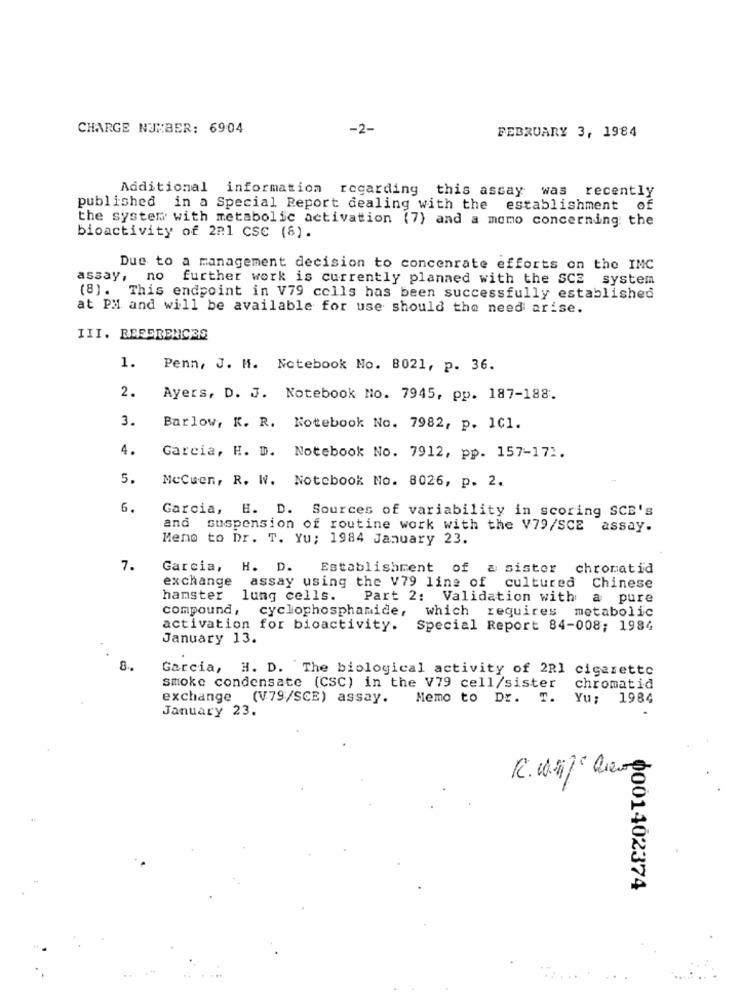
CHARGE NUMBER: 6904
-2-
FEBRUARY 3, 1984
Additional information regarding this assay was recently
published in a Special Report dealing with the establishment of
the system with metabolic activation (7) and a momo concerning the
bioactivity of 221 CSC (8).
Due to a management decision to concenrate efforts on the IMC
assay, no further work is currently planned with the SCE
system
(8). This endpoint in V79 cells has been successfully established
at PM and will be available for use should the need arise.
III. REFERENCES
1.
Penn, J. M. Notebook No. 8021, p. 36.
2.
Ayers, D. J. Notebook No. 7945, pp. 187-188.
3.
Barlow, K. R. Notebook No. 7982, p. 101.
4.
Garcia, H. D. Notebook No. 7912, pp. 157-171.
5.
MeCuen, R. W. Notebook No. 8026, p. 2.
6.
Garcia, H. D. Sources of variability in scoring SCE's
and suspension of routine work with the V79/SCE assay.
Meno to Dr. T. Yu; 1984 January 23.
7.
Garcia, H. D.
Establishment of a sister chromatid
exchange
assay using the V79 line of cultured
Chinese
hamster
lung cells.
Part 2: Validation with
a pure
compound ,
cyclophosphamide,
which requires metabolic
activation for bioactivity.
Special Report 84-008; 1984
January 13.
8.
Garcia, H. D. The biological activity of 2Rl cigarette
smoke condensate (CSC) in the V79 cell/sister
chromatid
exchange (V79/SCE) assay.
Memo to Dr. T.
Yu: 1984
January 23.
0001402374